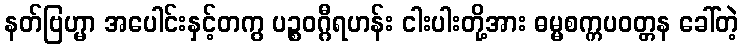
နတ်ဗြဟ္မာ အပေါင်းနှင့်တကွ ပဉ္စဝဂ္ဂီရဟန်း ငါးပါးတို့အား ဓမ္မစက္ကပဝတ္တန ခေါ်တဲ့